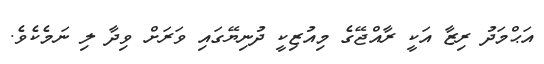
އަޙްމަދު ރިޒާ އަކީ ރާއްޖޭގެ މިއުޒިކީ ދުނިޔޭގައި ވަރަށް ވިދާ ލި ނަމެކެވެ.